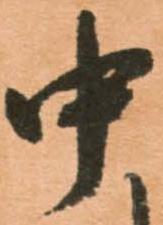
中